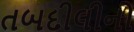
તબદીલીનો